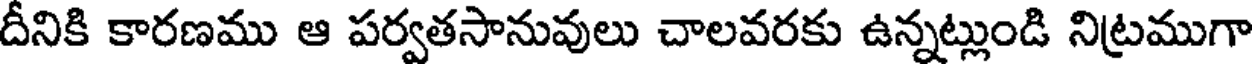
దీనికి కారణము ఆ పర్వతసానువులు చాలవరకు ఉన్నట్లుండి నిట్రముగా